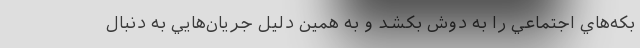
بكه‌هاي اجتماعي را به دوش بكشد و به همين دليل جريان‌هايي به دنبال